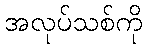
အလုပ်သစ်ကို